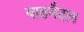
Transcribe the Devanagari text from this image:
बाढमैदान